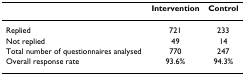
|  | Intervention | Control |
 | --- | --- | --- |
 | Replied | 721 | 233 |
 | Not replied | 49 | 14 |
 | Total number of questionnaires analysed | 770 | 247 |
 | Overall response rate | 93.6% | 94.3% |